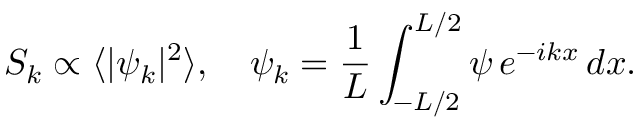
S _ { k } \propto \langle | \psi _ { k } | ^ { 2 } \rangle , \quad \psi _ { k } = \frac { 1 } { L } \int _ { - L / 2 } ^ { L / 2 } \psi \, e ^ { - i k x } \, d x .